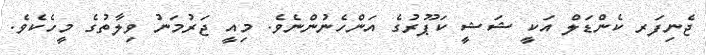
ޖެނިފަރ ކެންޑަލް އަކީ ޝަޝީ ކަޕޫރުގެ އަންހެނުންނެވެ. މިއީ ޖަރުމަނު ވިލާތުގެ މީހެކެވެ.